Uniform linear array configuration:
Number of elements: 32
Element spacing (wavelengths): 1
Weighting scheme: blackman
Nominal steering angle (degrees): -60
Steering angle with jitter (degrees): -61.664
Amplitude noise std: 0.05
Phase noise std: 0.05

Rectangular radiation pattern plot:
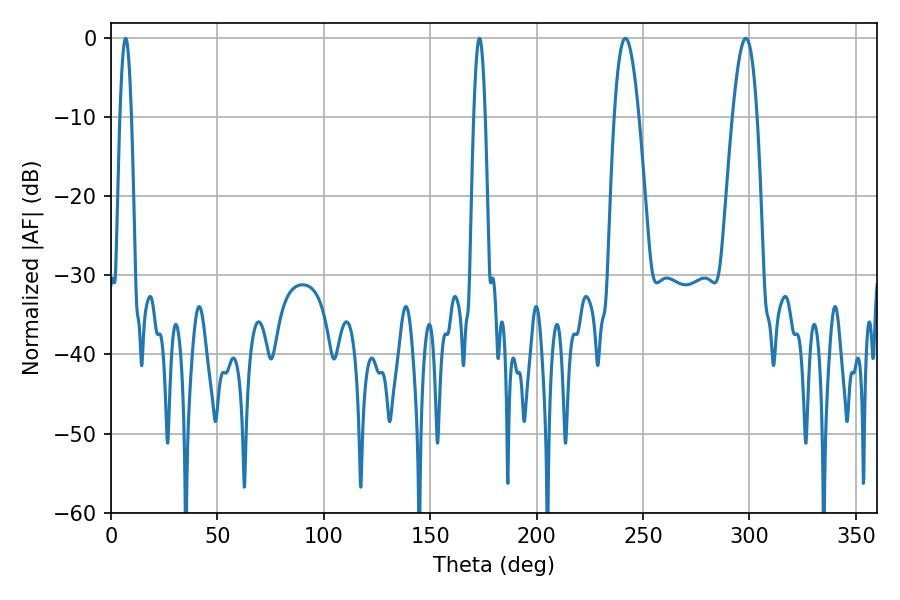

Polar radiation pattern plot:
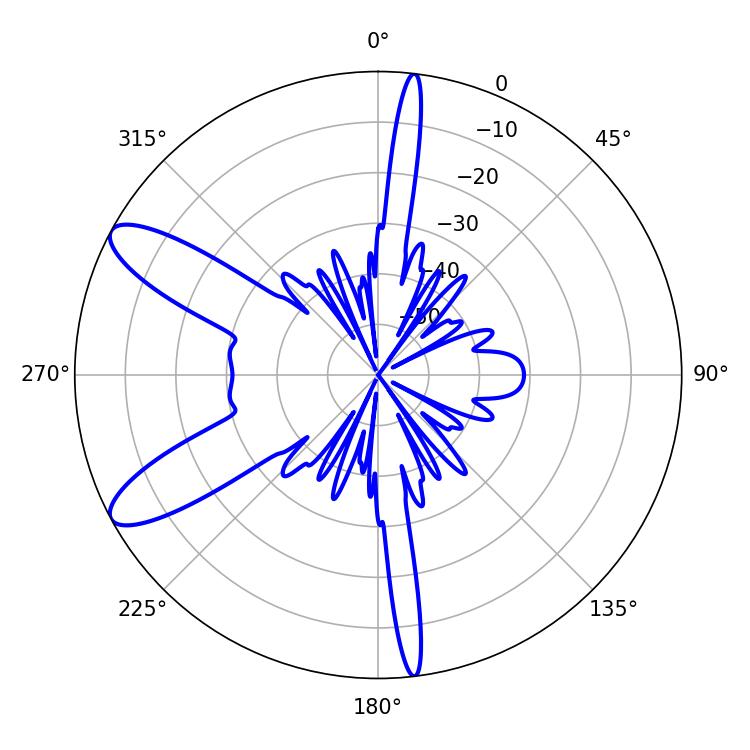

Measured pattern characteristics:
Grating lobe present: TRUE
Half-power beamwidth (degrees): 6.3
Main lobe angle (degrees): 241.74